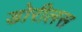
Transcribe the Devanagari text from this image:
डोरीलस